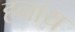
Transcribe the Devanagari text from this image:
हनाय